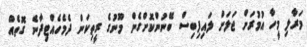
މަރާލި މީހާ އުމުރަށް ޖަލަށް ލައިފިބިސް ބޭނުންކޮށްގެން މޫނުގެ ރީތިކަން ދެމެހެއްޓިދާނެ ގޮތެއް